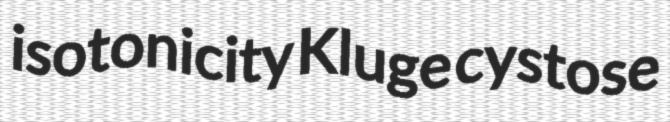
isotonicity Kluge cystose